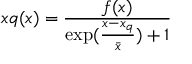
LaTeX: x q ( x ) = { \frac { f ( x ) } { \exp ( { \frac { x - x _ { q } } { \bar { x } } } ) + 1 } }